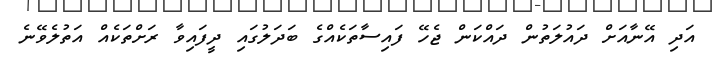
އަދި އޭނާއަށް ދައުލަތުން ދައްކަން ޖެހޭ ފައިސާތަކެއްގެ ބަދަލުގައި ދީފައިވާ ރަށްތަކެއް އަތުލެވޭނެ